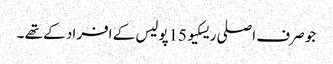
جو صرف اصلی ریسکیو 15پولیس کے افراد کے تھے ۔